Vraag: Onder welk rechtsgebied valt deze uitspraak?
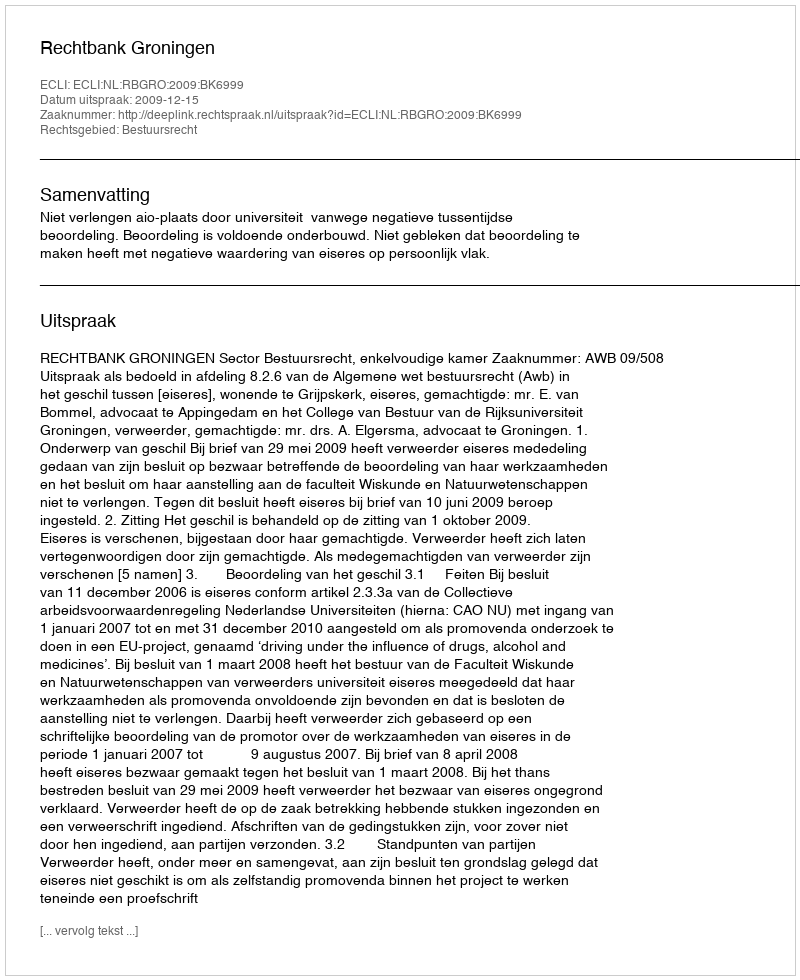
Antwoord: Bestuursrecht